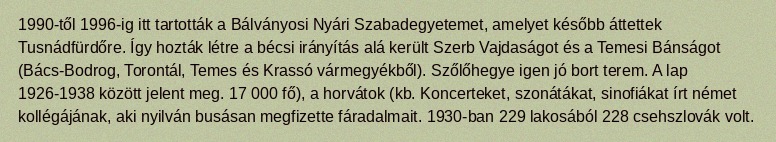
1990-től 1996-ig itt tartották a Bálványosi Nyári Szabadegyetemet, amelyet később áttettek Tusnádfürdőre. Így hozták létre a bécsi irányítás alá került Szerb Vajdaságot és a Temesi Bánságot (Bács-Bodrog, Torontál, Temes és Krassó vármegyékből). Szőlőhegye igen jó bort terem. A lap 1926-1938 között jelent meg. 17 000 fő), a horvátok (kb. Koncerteket, szonátákat, sinofiákat írt német kollégájának, aki nyilván busásan megfizette fáradalmait. 1930-ban 229 lakosából 228 csehszlovák volt.